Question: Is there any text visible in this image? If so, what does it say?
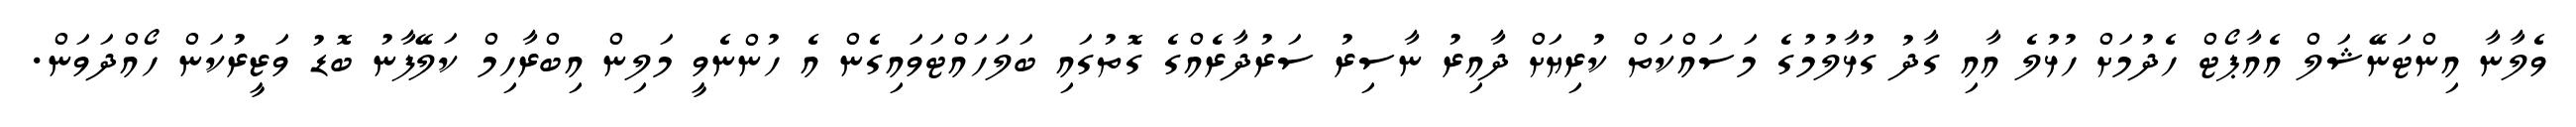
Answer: ވެލާނާ އިންޓަނޭޝަލް އެއާޕޯޓް ހެދުމަށް ހުޅުލެ އާއި ގާދު ގުޅާލުމުގެ މަސައްކަތް ކުރިޔަށް ދާއިރު ނާސިރު ސަރުދާރެއްގެ ގޮތުގައި ބަލަހައްޓަވައިގެން އެ ހުންނެވީ މަލިން އިބްރާހިމް ކަލޭފާނު ބޮޑު ވަޒީރުކަން ހޯއްދަވަން.